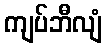
ကျပ်ဘီလျံ